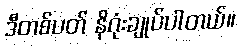
ဒီတစ်ပတ် နိဂုံးချုပ်ပါတယ်။